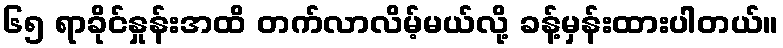
၆၅ ရာခိုင်နှုန်းအထိ တက်လာလိမ့်မယ်လို့ ခန့်မှန်းထားပါတယ်။